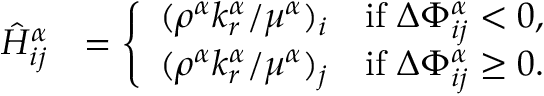
\begin{array} { r l } { \hat { H } _ { i j } ^ { \alpha } } & { = \left\{ \begin{array} { l l } { ( \rho ^ { \alpha } k _ { r } ^ { \alpha } / \mu ^ { \alpha } ) _ { i } } & { \mathrm { i f } ~ \Delta \Phi _ { i j } ^ { \alpha } < 0 , } \\ { ( \rho ^ { \alpha } k _ { r } ^ { \alpha } / \mu ^ { \alpha } ) _ { j } } & { \mathrm { i f } ~ \Delta \Phi _ { i j } ^ { \alpha } \geq 0 . } \end{array} \right. } \end{array}